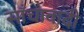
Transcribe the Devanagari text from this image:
साँचावादी